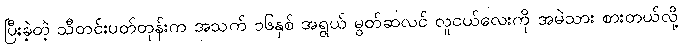
ပြီးခဲ့တဲ့ သီတင်းပတ်တုန်းက အသက် ၁၆နှစ် အရွယ် မွတ်ဆလင် လူငယ်လေးကို အမဲသား စားတယ်လို့